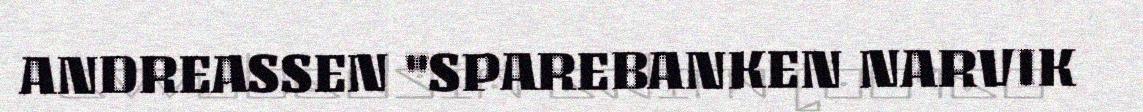
ANDREASSEN "SPAREBANKEN NARVIK